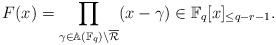
LaTeX: \begin{align*} F(x)= \prod_{\gamma\in \mathbb{A}(\mathbb{F}_q) \setminus \overline{\mathcal{R}}}(x-\gamma) \in \mathbb{F}_q[x]_{\le q-r-1}.\end{align*}